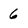
Character: 6